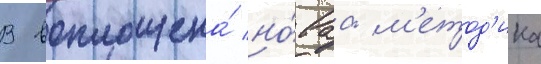
В воплощена́ но́ваа -м'етод'ика